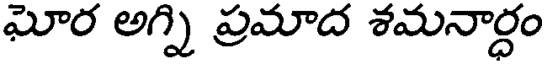
ఘోర అగ్ని ప్రమాద శమనార్ధం